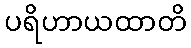
ပရိဟာယထာတိ